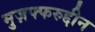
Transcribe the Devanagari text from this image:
मुज़फ्फरुद्दीन